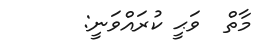
މާތް  ވަޙީ ކުރައްވަނީ: